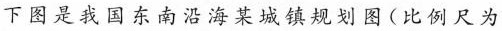
下图是我国东南沿海某城镇规划图(比例尺为